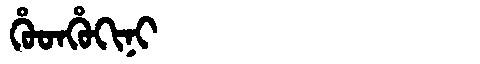
Manchu: ᡥᡠᡨᡥᡠᡴᡳᠨᡳ
Romanization: HUTHUKINI